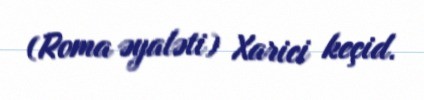
(Roma əyaləti) Xarici keçid.